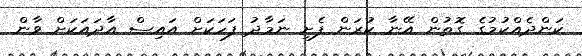
ކަންދެއްކުމުގެ ގޮތުން އޭނާ ކުރަން ފެށި ނަމާދު ފަހަކަށް އައިސް އާދައަކަށް ވާން